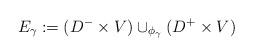
LaTeX: \begin{align*}E_{\gamma}:= (D^-\times V) \cup_{\phi_{\gamma}} (D^+\times V)\end{align*}